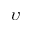
\upsilon